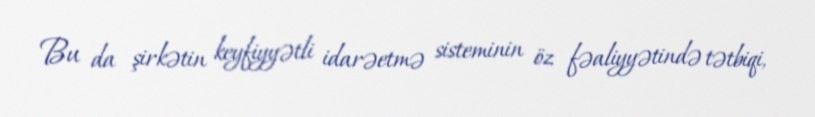
Bu da şirkətin keyfiyyətli idarəetmə sisteminin öz fəaliyyətində tətbiqi,